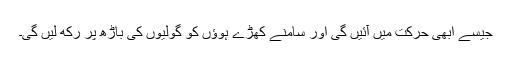
جیسے ابھی حرکت میں آئیں گی اور سامنے کھڑے ہوؤں کو گولیوں کی باڑھ پر رکھ لیں گی۔